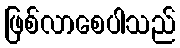
ဖြစ်လာစေပါသည်